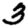
Digit: 3